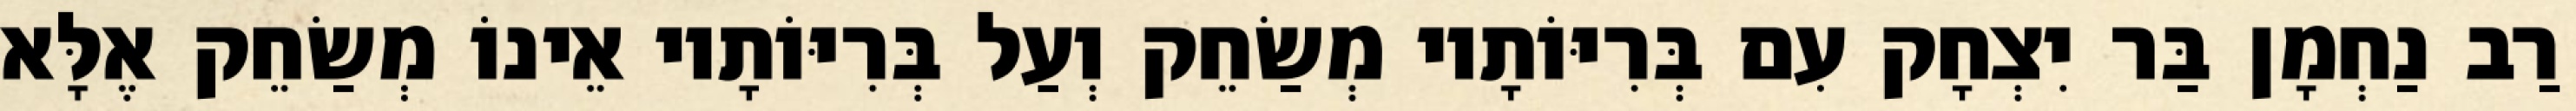
רַב נַחְמָן בַּר יִצְחָק עִם בְּרִיּוֹתָיו מְשַׂחֵק וְעַל בְּרִיּוֹתָיו אֵינוֹ מְשַׂחֵק אֶלָּא